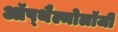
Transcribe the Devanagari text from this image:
ऑप्थैल्मोलॉजी